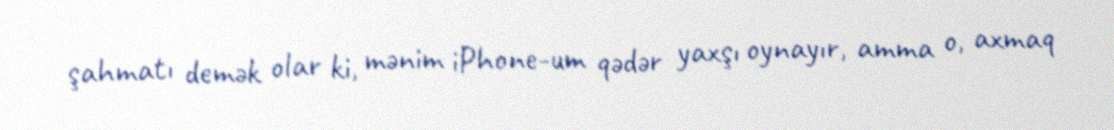
şahmatı demək olar ki, mənim iPhone-um qədər yaxşı oynayır, amma o, axmaq